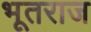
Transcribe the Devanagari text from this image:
भूतराज